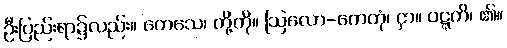
ဦးပြည်းရာ၌လည်း။ ကေသေ၊ တို့ကို။ ဩလော-ကေတုံ၊ ငှာ။ ဝဋ္ဋတိ၊ ၏။